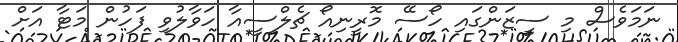
ނަމަވެސް މި ސީޒަންގައި ހޯސޭ މޮރީނިއޯ ޗެލްސީއާ ހަވާލުވި ފަހުން މަޓާ އަށް